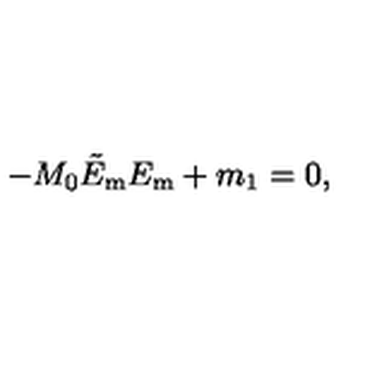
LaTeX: - M _ { 0 } \tilde { E } _ { \mathrm { m } } E _ { \mathrm { m } } + m _ { 1 } = 0 ,